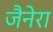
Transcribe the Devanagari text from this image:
जैनेरा